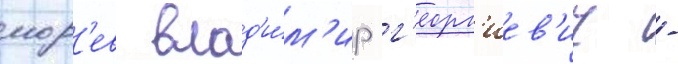
мор'ев влад'и́м'ир г'еорг'иев'ич -